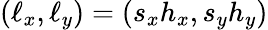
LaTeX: (\ell_{x},\ell_{y})=(s_{x}h_{x},s_{y}h_{y})